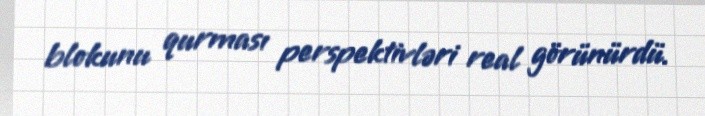
blokunu qurması perspektivləri real görünürdü.